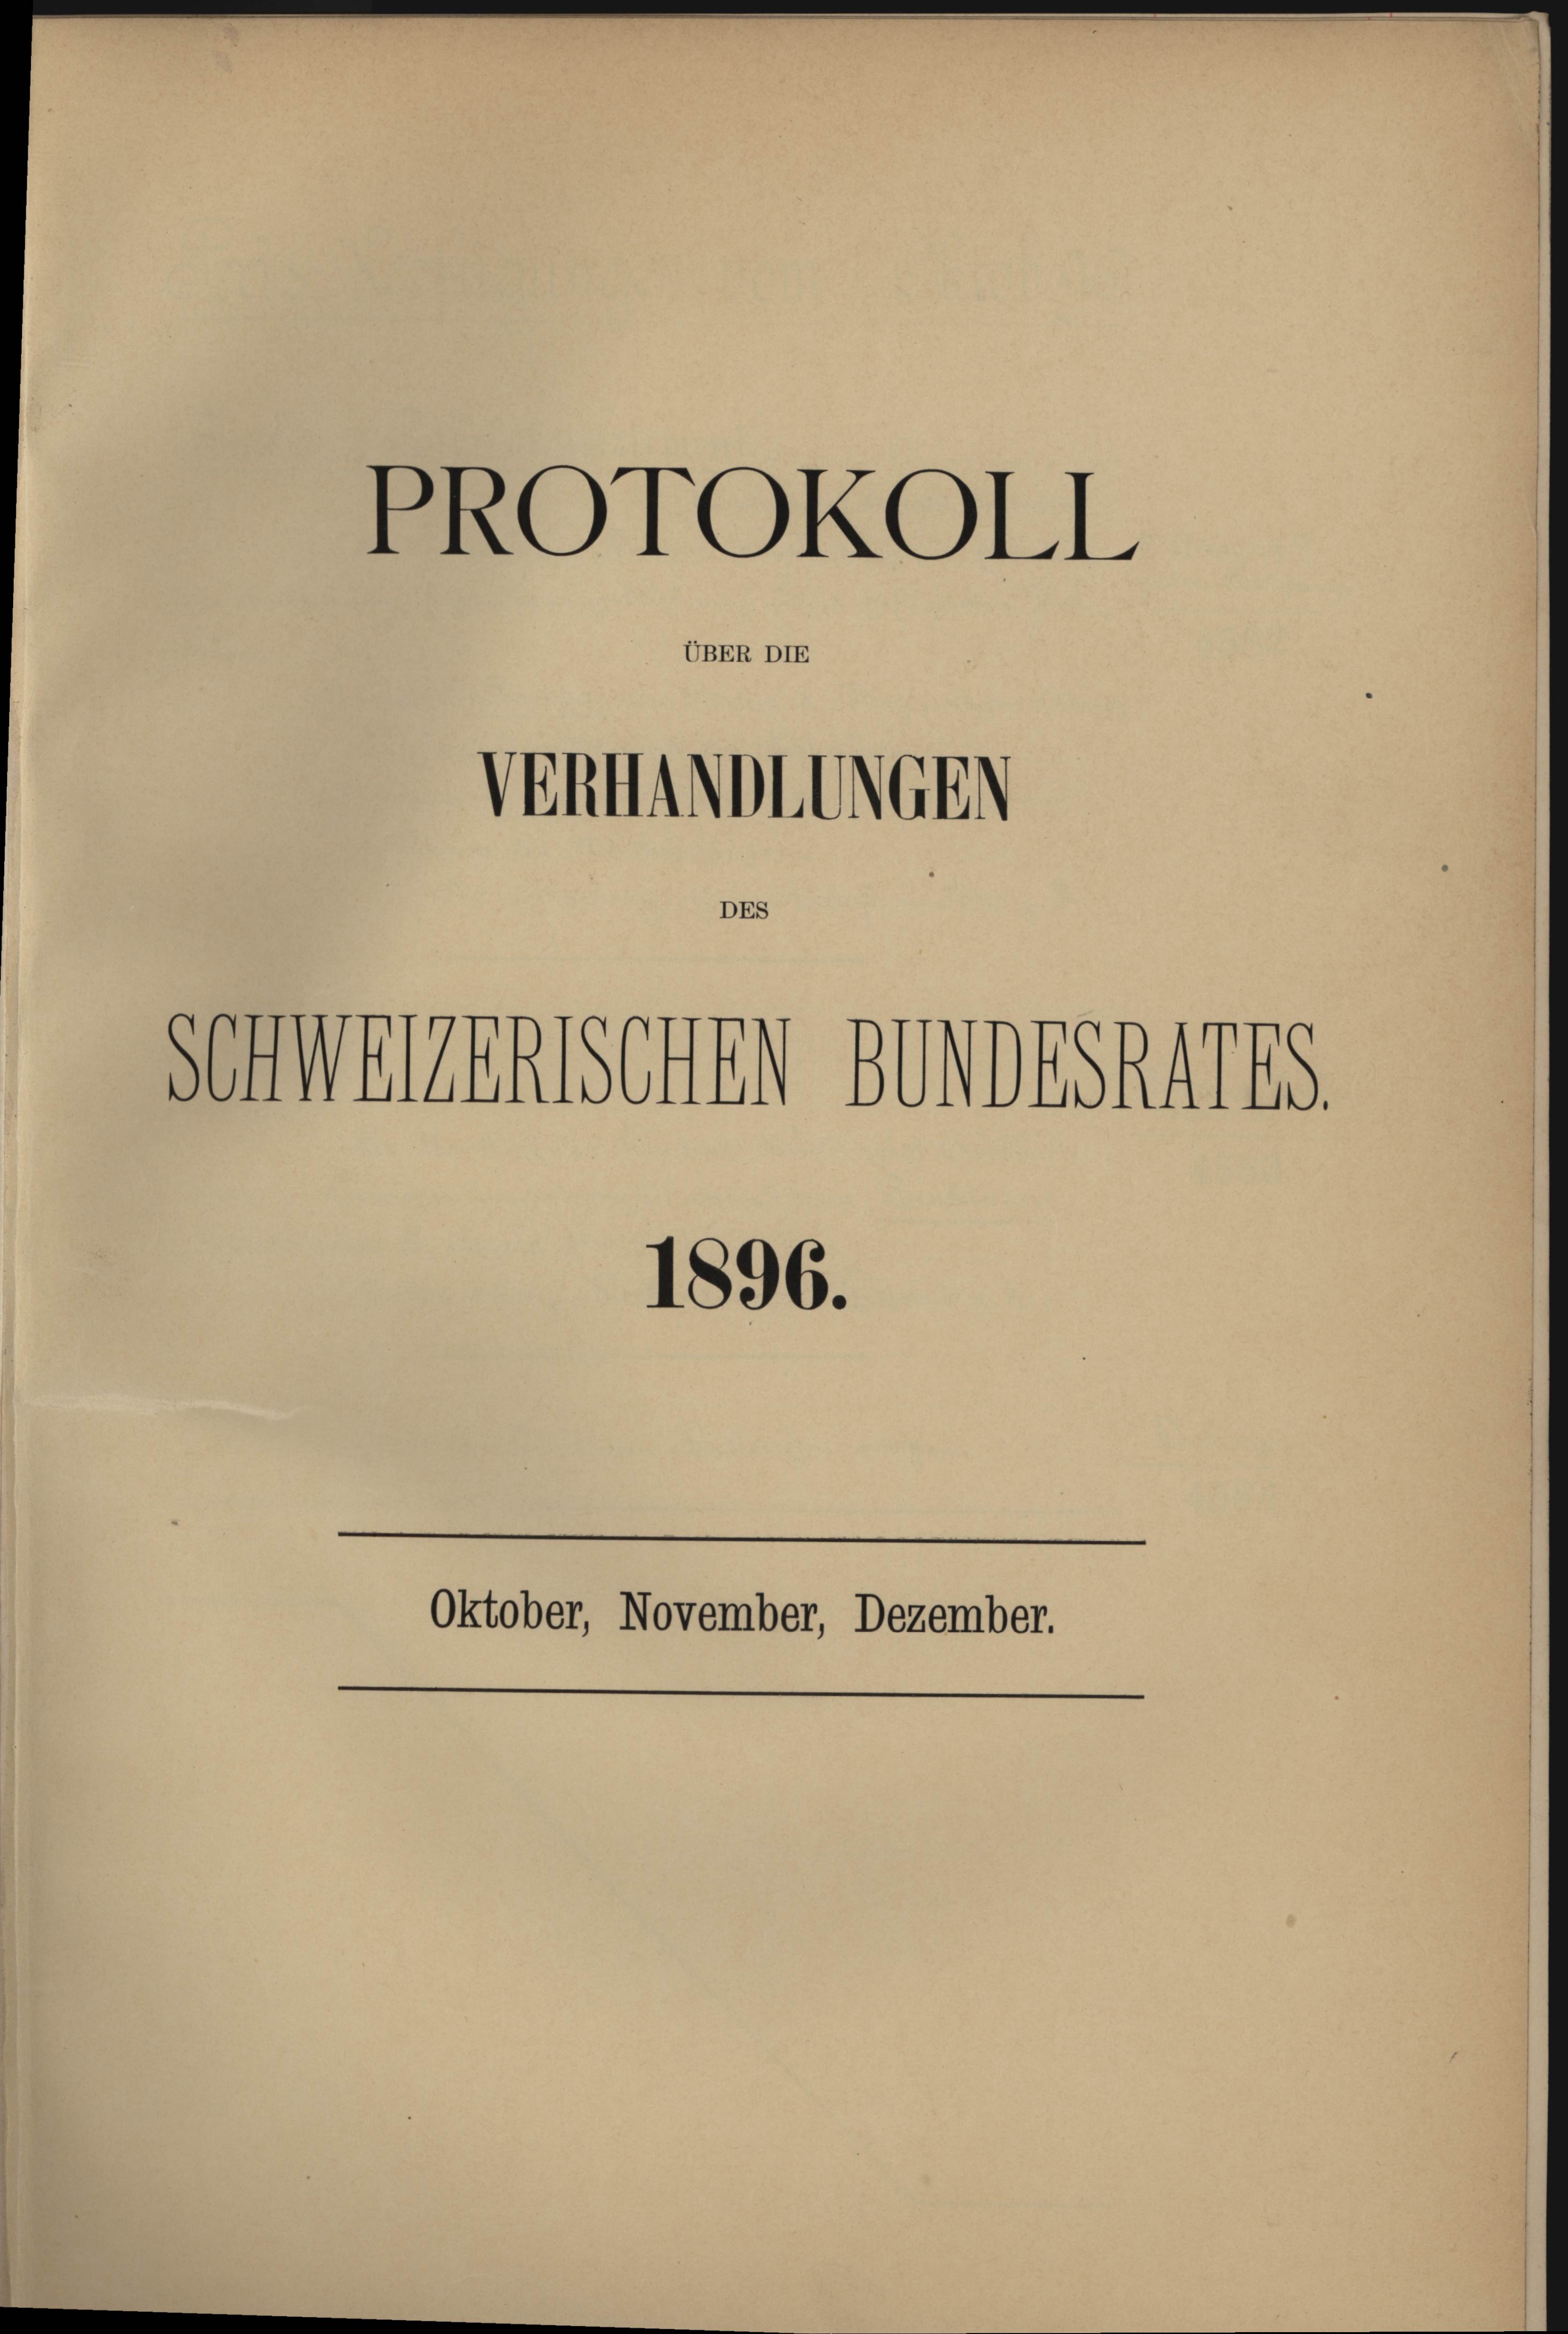
PROTOKOLL
UBER DIE
Venhimmlinge

sehmenen sehr sondesraths
1896.

DES

Oktober, November, Dezember.